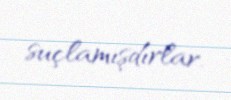
suçlamışdırlar.